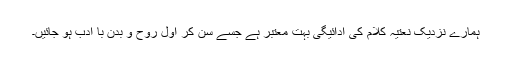
ہمارے نزدیک نعتیہ کلام کی ادائیگی بہت معتبر ہے جسے سن کر اول روح و بدن با ادب ہو جائیں۔